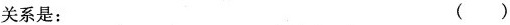
关系是: ( )